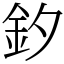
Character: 釸